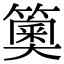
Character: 䉛